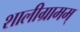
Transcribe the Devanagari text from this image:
शालीग्रामम्